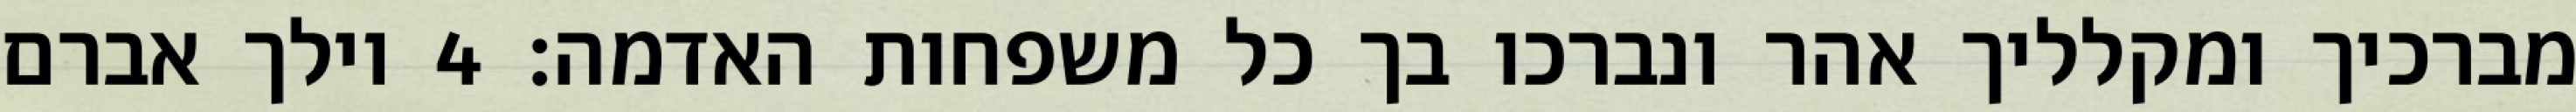
מברכיך ומקלליך אהר ונברכו בך כל משפחות האדמה׃ ‎4‏ וילך אברם